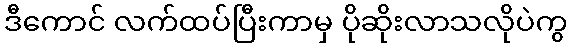
ဒီကောင် လက်ထပ်ပြီးကာမှ ပိုဆိုးလာသလိုပဲကွ